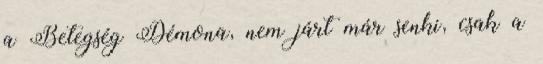
a Betegség Démona, nem járt már senki, csak a